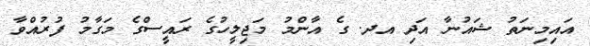
އައިމިނަތު ޝައުނާ އަދި އދ. ގެ އާންމު މަޖިލީހުގެ ރައީސްގެ މަގާމު ފުރުއްވާ